Some observations on the poison of Russell's viper (Daboia russellii) - Number 3
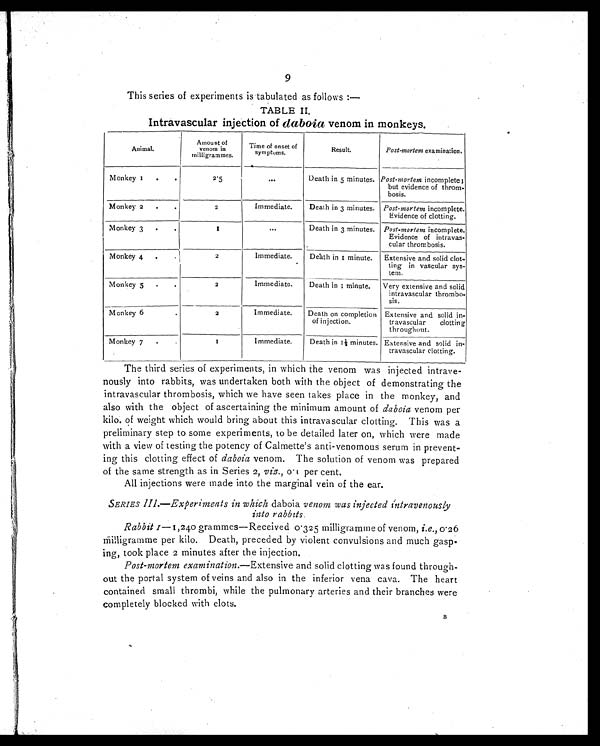
9
This series of experiments is tabulated as follows :—
TABLE II.
Intravascular injection of daboia venom in monkeys.
A n i m a l .
Amount of
venom in
milli grammes.
Time of onset of
sympoms.
Result.
Post-mortem examination.
Monkey 1 . .
2.5
...
Death in 5 minutes. Post-mortem incomplete;
but evidence of throm-
bosis.
Monkey 2
.
.
2
Immediate.
Death in 3 minutes. Post-mortem incomplete.
Evidence of clotting.
Monkey 3
.
.
1
. . .
Death in 3 minutes. Post-mortem incomplete.
Evidence of intravas-
cular thrombosis.
Monkey 4
.
•
2
Immediate.
Death in 1 minute. Extensive and solid clot-
ting in vascular sys-
tem.
Monkey 5
.
.
2
Immediate.
Death in 1 minute.
Very extensive and solid
intravascular thrombo-
sis.
Monkey 6.
2
Immediate.
Death on completion
of injection.
Extensive and solid in-
travascular clotting
throughout.
Monkey 7
. .
1
Immediate.
Death in 1½ minutes. Extensive and solid in-
travascular clotting.
The third series of experiments, in which the venom was injected intrave-
nously into rabbits, was undertaken both with the object of demonstrating the
intravascular thrombosis, which we have seen takes place in the monkey, and
also with the object of ascertaining the minimum amount of daboia venom per
kilo. of weight which would bring about this intravascular clotting. This was a
preliminary step to some experiments, to be detailed later on, which were made
with a view of testing the potency of Calmette's anti-venomous serum in prevent-
ing this clotting effect of daboia venom. The solution of venom was prepared
of the same strength as in Series 2, viz., 0.1 per cent.
All injections were made into the marginal vein of the ear.
SERIES III .—Experiments in which daboia venom was injected intravenously
into rabbits.
Rabbit 1—1,240 grammes—Received 0.325 milligramme of venom, i.e., 0.26
milligramme per kilo. Death, preceded by violent convulsions and much gasp-
ing, took place 2 minutes after the injection.
Post-mortem examination. —Extensive and solid clotting was found through-
out the portal system of veins and also in the inferior vena cava. The heart
contained small thrombi, while the pulmonary arteries and their branches were
completely blocked with clots.
B